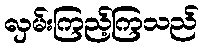
လှမ်းကြည့်ကြသည်